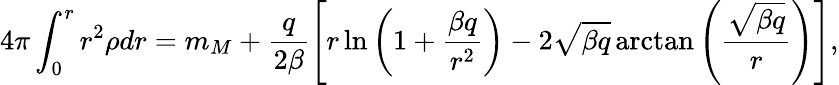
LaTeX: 4\pi\int_{0}^{r}r^{2}\rho dr=m_{M}+\frac{q}{2\beta}\left[r\ln\left(1+\frac{\beta q}{r^{2}}\right)-2\sqrt{\beta q}\arctan\left(\frac{\sqrt{\beta q}}{r}\right)\right],